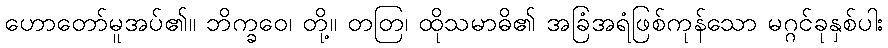
ဟောတော်မူအပ်၏။ ဘိက္ခဝေ၊ တို့။ တတြ၊ ထိုသမာဓိ၏ အခြံအရံဖြစ်ကုန်သော မဂ္ဂင်ခုနှစ်ပါး